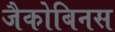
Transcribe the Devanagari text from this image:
जैकोबिनस